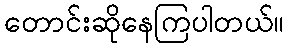
တောင်းဆိုနေကြပါတယ်။